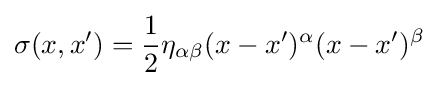
\sigma (x,x')={\frac {1}{2}}\eta _{\alpha \beta }(x-x')^{\alpha }(x-x')^{\beta }